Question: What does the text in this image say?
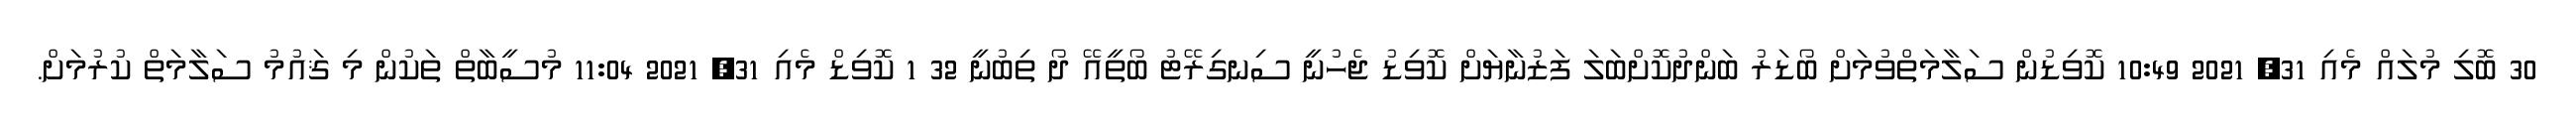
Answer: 30 ބޮލި މުލައް މެއި 31, 2021 10:49 ކޮވިޑުން ސަލާމަތްވުމަށް ބޯޑަރު ބަންދުކޮށްބަލަ ފަޒުނާޔަށް ކޮވިޑު ޖެހުނީ ސިނގިރޭޓު ބޯތީއޭ ދޯ ތިބުނީ 32 1 ކޮވިޑް މެއި 31, 2021 11:04 މުސީބާތް ތަކުން މި ޤައުމު ސަލާމަތް ކުރުމަށް.